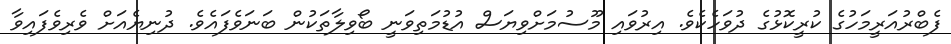
ފެބްރުއަރީމަހުގެ ކުރީކޮޅުގެ ދުވަހެކެވެ. އިރުވައި މޫސުމަށްވިޔަސް އުޑުމަތިވަނީ ބޯވިލާތަކުން ބަނަވެފައެވެ. ދުނިޔެއަށް ވެރިވެފައިވާ